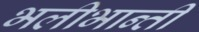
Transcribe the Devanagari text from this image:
भलीभान्ती